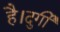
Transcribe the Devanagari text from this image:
है।दुर्गी